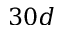
3 0 d